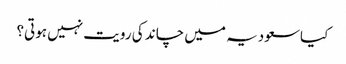
کیاسعودیہ میں چاند کی رویت نہیں ہوتی؟